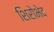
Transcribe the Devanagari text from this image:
शिरोभेद